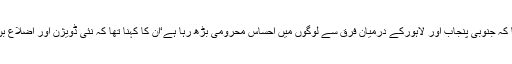
جنوبی پنجاب محاذکے راہنماﺅں نے موقف اختیار کیا تھا کہ جنوبی پنجاب اور لاہورکے درمیان فرق سے لوگوں میں احساس محرومی بڑھ رہا ہے‘ان کا کہنا تھا کہ نئی ڈویژن اور اضلاع بن سکتے ہیں تو انتظامی بنیادوں پر نیا صوبہ کیوں نہیں ؟